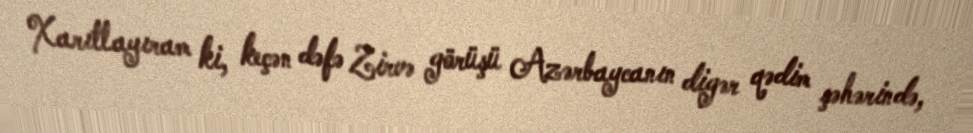
Xarıtlayıram ki, keçən dəfə Zirvə görüşü Azərbaycanın digər qədim şəhərində,